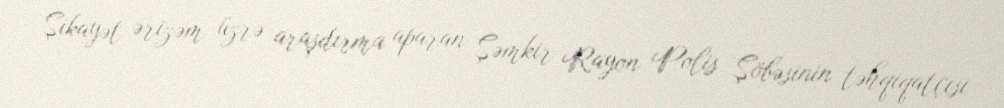
Şikayət ərizəm üzrə araşdırma aparan Şəmkir Rayon Polis Şöbəsinin təhqiqatçısı